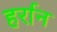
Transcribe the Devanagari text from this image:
हर्रान